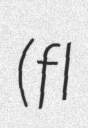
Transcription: (fl